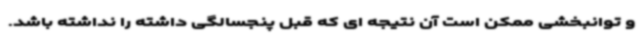
و توانبخشی ممکن است آن نتیجه ای که قبل پنجسالگی داشته را نداشته باشد.